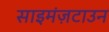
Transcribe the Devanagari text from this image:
साइमंज़टाउन